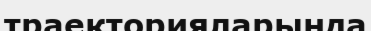
траекторияларында